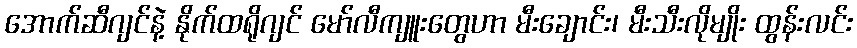
အောက်ဆီဂျင်နဲ့ နိုက်ထရိုဂျင် မော်လီကျူးတွေဟာ မီးချောင်း၊ မီးသီးလိုမျိုး ထွန်းလင်း